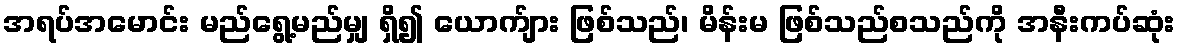
အရပ်အမောင်း မည်ရွေ့မည်မျှ ရှိ၍ ယောက်ျား ဖြစ်သည်၊ မိန်းမ ဖြစ်သည်စသည်ကို အနီးကပ်ဆုံး